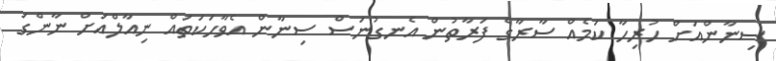
ސިނާންއަށް ހުރިހާ ކަމެއް ސާރާގެ ފަރާތުން އެނގުނަސް ސިނާން އެވާހަކަތައް ނިއާލްއަށް ނާންގަ